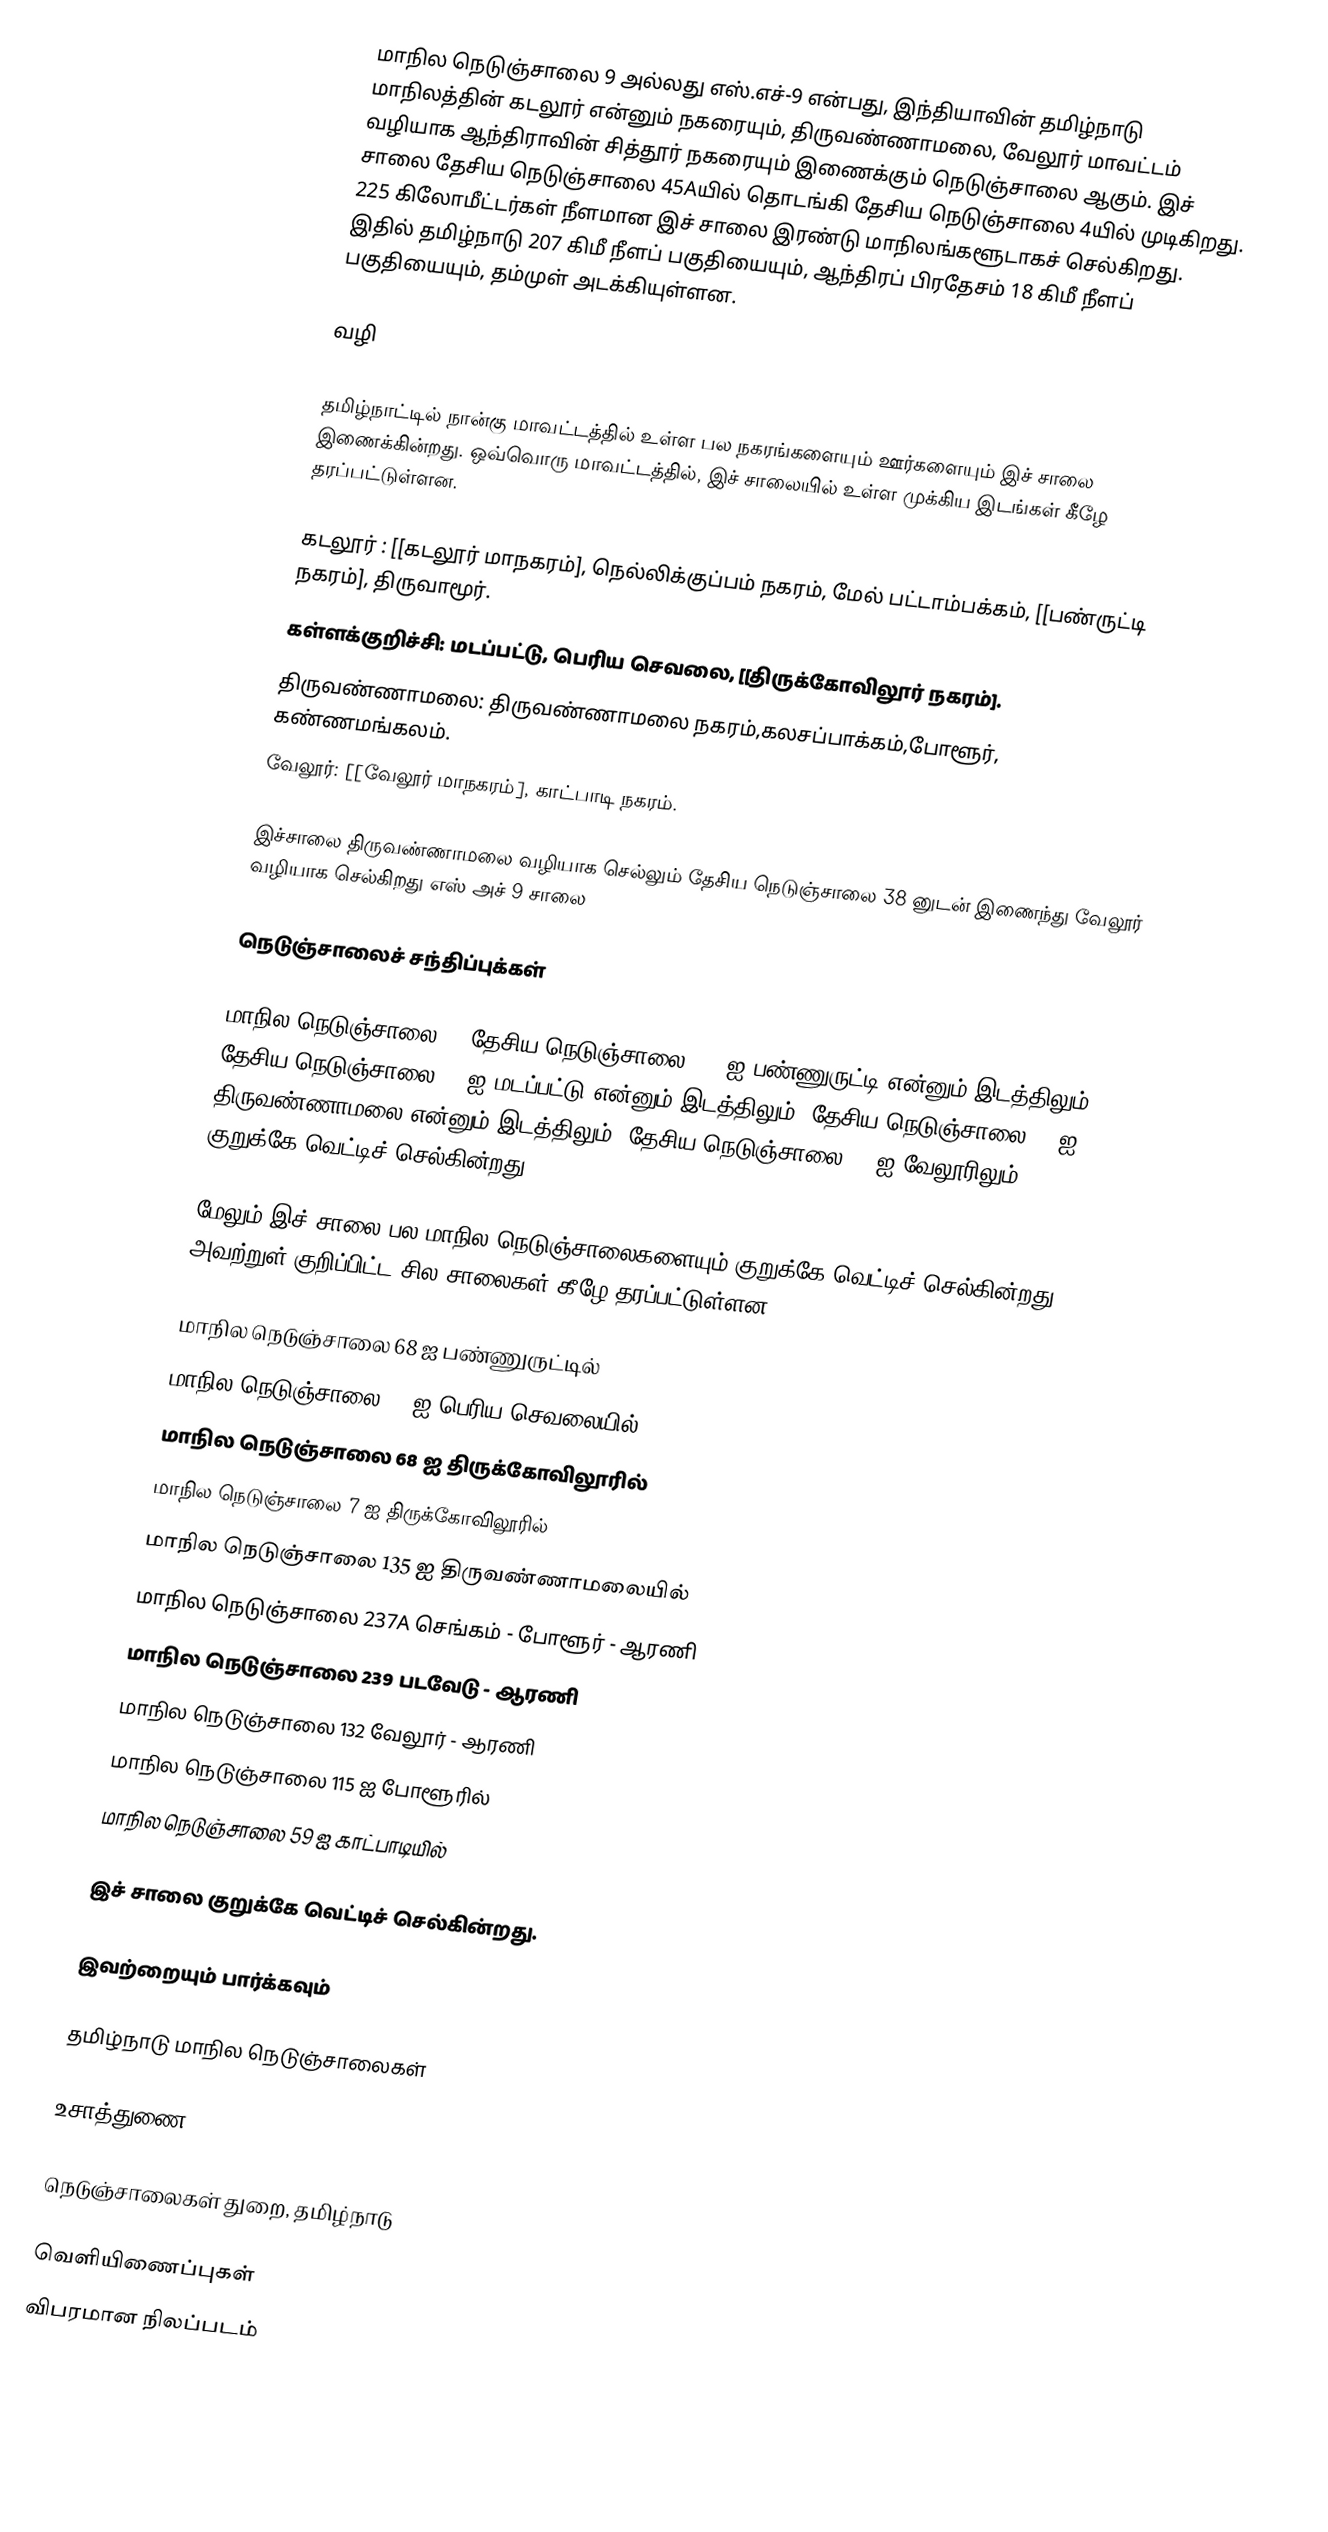
மாநில நெடுஞ்சாலை 9 அல்லது எஸ்.எச்-9 என்பது, இந்தியாவின் தமிழ்நாடு மாநிலத்தின் கடலூர் என்னும் நகரையும், திருவண்ணாமலை, வேலூர் மாவட்டம் வழியாக ஆந்திராவின் சித்தூர் நகரையும் இணைக்கும் நெடுஞ்சாலை ஆகும். இச் சாலை தேசிய நெடுஞ்சாலை 45Aயில் தொடங்கி தேசிய நெடுஞ்சாலை 4யில் முடிகிறது.  225 கிலோமீட்டர்கள் நீளமான இச் சாலை இரண்டு மாநிலங்களூடாகச் செல்கிறது. இதில் தமிழ்நாடு 207 கிமீ நீளப் பகுதியையும், ஆந்திரப் பிரதேசம் 18 கிமீ நீளப் பகுதியையும், தம்முள் அடக்கியுள்ளன.

வழி

தமிழ்நாட்டில் நான்கு மாவட்டத்தில் உள்ள பல நகரங்களையும் ஊர்களையும் இச் சாலை இணைக்கின்றது. ஒவ்வொரு மாவட்டத்தில், இச் சாலையில் உள்ள முக்கிய இடங்கள் கீழே தரப்பட்டுள்ளன.

 கடலூர் : [[கடலூர் மாநகரம்], நெல்லிக்குப்பம் நகரம், மேல் பட்டாம்பக்கம், [[பண்ருட்டி நகரம்], திருவாமூர்.
 கள்ளக்குறிச்சி: மடப்பட்டு, பெரிய செவலை,  [[திருக்கோவிலூர் நகரம்].
 திருவண்ணாமலை:  திருவண்ணாமலை நகரம்,கலசப்பாக்கம்,போளூர்,  கண்ணமங்கலம்.
 வேலூர்:  [[வேலூர் மாநகரம்], காட்பாடி நகரம்.

இச்சாலை திருவண்ணாமலை வழியாக செல்லும் தேசிய நெடுஞ்சாலை 38 னுடன் இணைந்து வேலூர் வழியாக செல்கிறது எஸ் அச் 9 சாலை

நெடுஞ்சாலைச் சந்திப்புக்கள்

மாநில நெடுஞ்சாலை 9, தேசிய நெடுஞ்சாலை 45C ஐ பண்ணுருட்டி என்னும் இடத்திலும், தேசிய நெடுஞ்சாலை 45 ஐ மடப்பட்டு என்னும் இடத்திலும், தேசிய நெடுஞ்சாலை 66 ஐ திருவண்ணாமலை என்னும் இடத்திலும், தேசிய நெடுஞ்சாலை 46 ஐ வேலூரிலும் குறுக்கே வெட்டிச் செல்கின்றது.

மேலும் இச் சாலை பல மாநில நெடுஞ்சாலைகளையும் குறுக்கே வெட்டிச் செல்கின்றது. அவற்றுள் குறிப்பிட்ட சில சாலைகள் கீழே தரப்பட்டுள்ளன.

 மாநில நெடுஞ்சாலை 68 ஐ பண்ணுருட்டில்
 மாநில நெடுஞ்சாலை 69 ஐ பெரிய செவலையில்
 மாநில நெடுஞ்சாலை 68 ஐ திருக்கோவிலூரில்
 மாநில நெடுஞ்சாலை 7 ஐ திருக்கோவிலூரில்
 மாநில நெடுஞ்சாலை 135 ஐ திருவண்ணாமலையில்
 மாநில நெடுஞ்சாலை 237A செங்கம் - போளூர் - ஆரணி
 மாநில நெடுஞ்சாலை 239 படவேடு - ஆரணி
 மாநில நெடுஞ்சாலை 132 வேலூர் - ஆரணி
 மாநில நெடுஞ்சாலை 115 ஐ போளூரில்
 மாநில நெடுஞ்சாலை 59 ஐ காட்பாடியில்

இச் சாலை குறுக்கே வெட்டிச் செல்கின்றது.

இவற்றையும் பார்க்கவும்

 தமிழ்நாடு மாநில நெடுஞ்சாலைகள்

உசாத்துணை

 நெடுஞ்சாலைகள் துறை, தமிழ்நாடு

வெளியிணைப்புகள்
 விபரமான நிலப்படம்